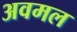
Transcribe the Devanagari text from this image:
अवमल